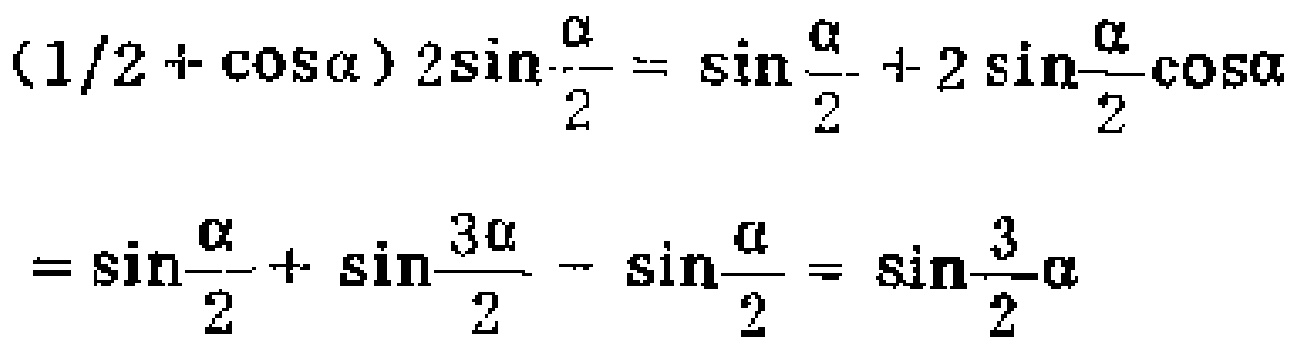
\((\frac{1}{2}+\cos\alpha)2\sin\frac{\alpha}{2}=\sin\frac{\alpha}{2}+2\sin\frac{\alpha}{2}\cos\alpha=\sin\frac{\alpha}{2}+\sin\frac{3\alpha}{2}-\sin\frac{\alpha}{2}=\sin\frac{3}{2}\alpha\)